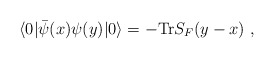
\begin{align*}\langle 0|\bar{\psi}(x) \psi (y) | 0\rangle =-{\rm Tr} S_F(y-x)\ ,\end{align*}